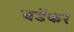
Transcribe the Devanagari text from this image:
बर्डेकर